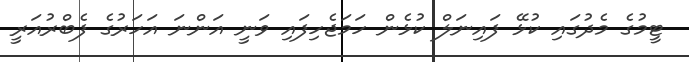
ޓީމުގެ މެދުގައި ކުޅޭ ފައިނަލް ކުޅެން ހަމަޖެހިފައި ވަނީ އަންނަ އަހަރުގެ ފެބްރުއަރީ